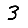
Digit: 3